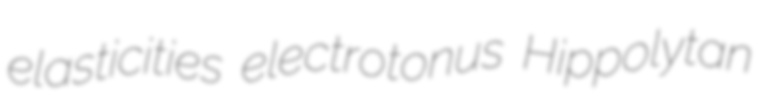
elasticities electrotonus Hippolytan